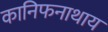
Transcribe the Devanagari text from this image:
कानिफनाथाय